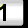
Digit: 1